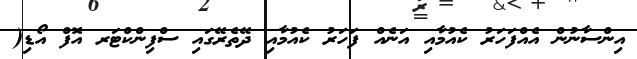
އިންސާނުން އެއްފަހަރު ކެއުމާއި އަނެއް ފަހަރު ކެއުމާއި ދޭތެރޭގައި ސްފިންކްޓަރ އޮފް އޯޑި(